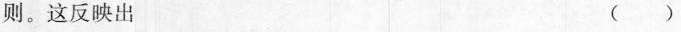
则。这反映出 （）